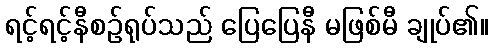
ရင့်ရင့်နီစဉ်ရုပ်သည် ပြေပြေနီ မဖြစ်မီ ချုပ်၏။